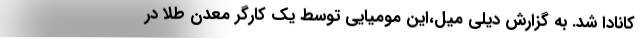
کانادا شد. به گزارش دیلی میل،‌این مومیایی توسط یک کارگر معدن طلا در